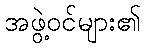
အဖွဲ့ဝင်များ၏